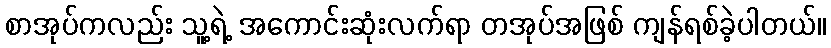
စာအုပ်ကလည်း သူ့ရဲ့ အကောင်းဆုံးလက်ရာ တအုပ်အဖြစ် ကျန်ရစ်ခဲ့ပါတယ်။